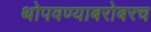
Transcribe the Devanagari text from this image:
थोपवण्याबरोबरच